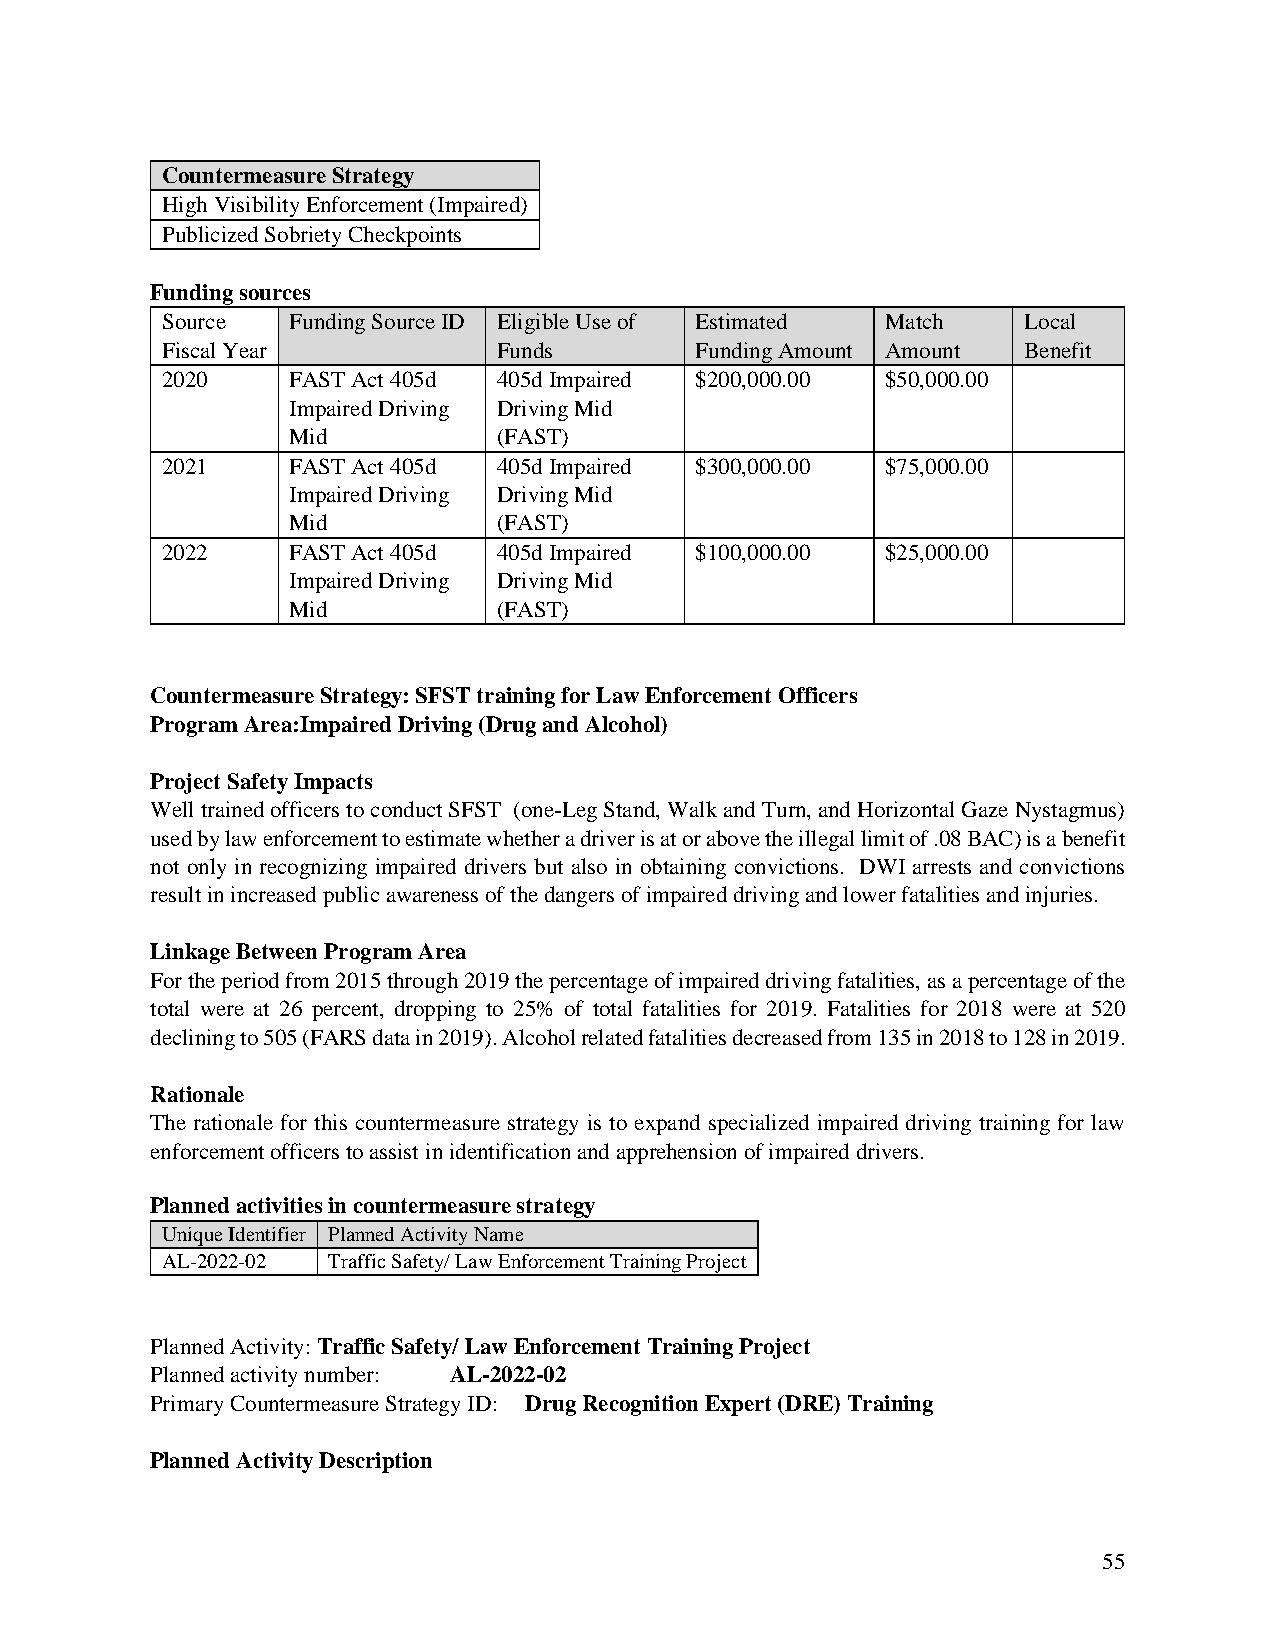
Countermeasure Strategy
 High Visibility Enforcement (Impaired)
 Publicized Sobriety Checkpoints
 Funding sources
 Source  Funding Source ID Eligible Use of Estimated Match Local
 Fiscal Year           Funds        Funding Amount Amount Benefit
 2020    FAST Act 405d 405d Impaired $200,000.00 $50,000.00
 Impaired Driving Driving Mid
 Mid           (FAST)
 2021    FAST Act 405d 405d Impaired $300,000.00 $75,000.00
 Impaired Driving Driving Mid
 Mid           (FAST)
 2022    FAST Act 405d 405d Impaired $100,000.00 $25,000.00
 Impaired Driving Driving Mid
 Mid           (FAST)
 Countermeasure Strategy: SFST training for Law Enforcement Officers
 Program Area: Impaired Driving (Drug and Alcohol)
 Project Safety Impacts
 Well trained officers to conduct SFST (one-Leg Stand, Walk and Turn, and Horizontal Gaze Nystagmus)
 used by law enforcement to estimate whether a driver is at or above the illegal limit of .08 BAC) is a benefit
 not only in recognizing impaired drivers but also in obtaining convictions. DWI arrests and convictions
 result in increased public awareness of the dangers of impaired driving and lower fatalities and injuries.
 Linkage Between Program Area
 For the period from 2015 through 2019 the percentage of impaired driving fatalities, as a percentage of the
 total were at 26 percent, dropping to 25% of total fatalities for 2019. Fatalities for 2018 were at 520
 declining to 505 (FARS data in 2019). Alcohol related fatalities decreased from 135 in 2018 to 128 in 2019.
 Rationale
 The rationale for this countermeasure strategy is to expand specialized impaired driving training for law
 enforcement officers to assist in identification and apprehension of impaired drivers.
 Planned activities in countermeasure strategy
 Unique Identifier Planned Activity Name
 AL-2022-02 Traffic Safety/ Law Enforcement Training Project
 Planned Activity: Traffic Safety/ Law Enforcement Training Project
 Planned activity number: AL-2022-02
 Primary Countermeasure Strategy ID: Drug Recognition Expert (DRE) Training
 Planned Activity Description
 55